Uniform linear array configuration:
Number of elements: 48
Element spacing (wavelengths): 0.75
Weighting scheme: blackman
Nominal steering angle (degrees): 15
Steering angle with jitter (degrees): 13.327
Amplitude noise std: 0.05
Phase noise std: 0.05

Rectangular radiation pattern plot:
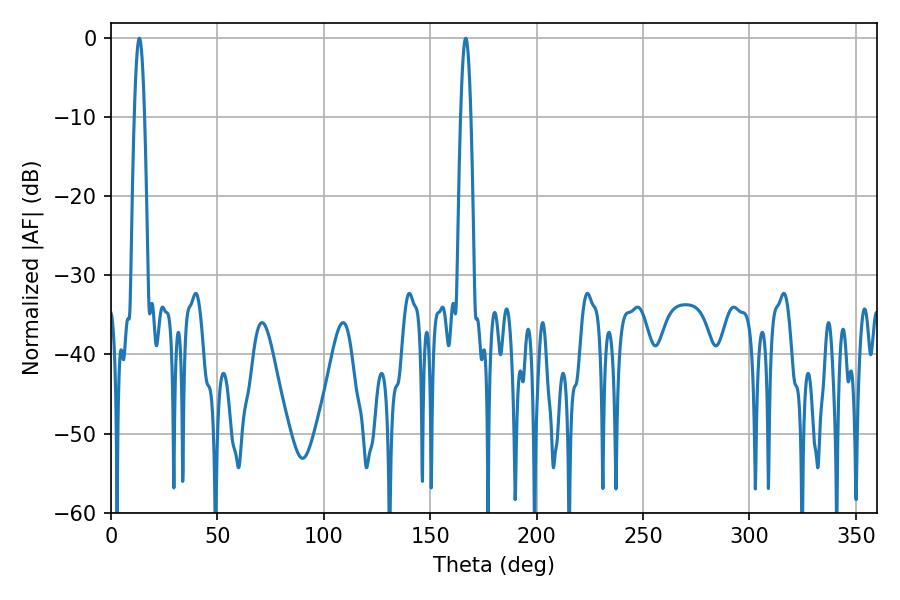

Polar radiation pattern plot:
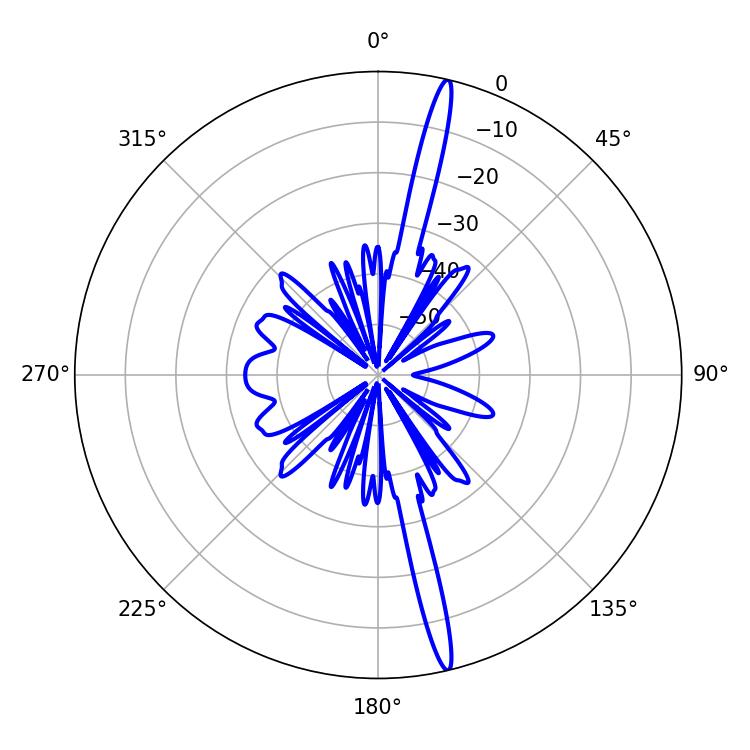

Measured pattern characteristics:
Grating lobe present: TRUE
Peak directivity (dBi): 19.382
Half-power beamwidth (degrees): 2.52
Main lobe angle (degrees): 13.32